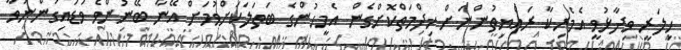
ހިލަރީ ވިދާޅުވީ އެމެރިކާ ރައްޔިތުންނަށް ޚިދްމަތްކޮށްގެން އެމީހުންގެ ބަތަލަކަށްވުމަށް އޭނާ ބޭނުންވެ ވަޑައިގަންނަވާ